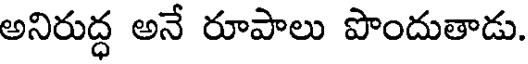
అనిరుద్ధ అనే రూపాలు పొందుతాడు.